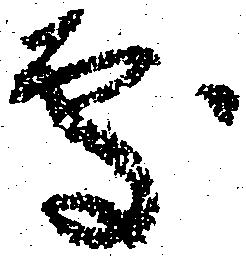
處